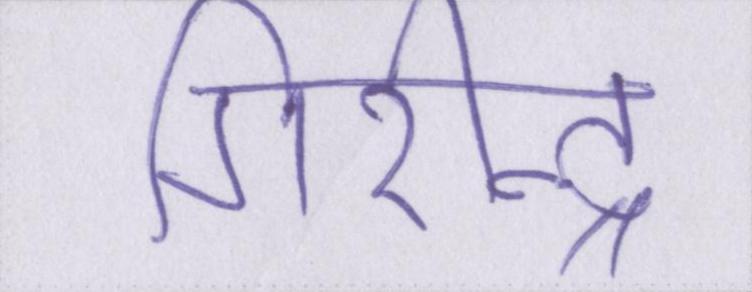
गिरीन्द्र